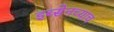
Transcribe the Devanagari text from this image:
इब्सेनच्याच